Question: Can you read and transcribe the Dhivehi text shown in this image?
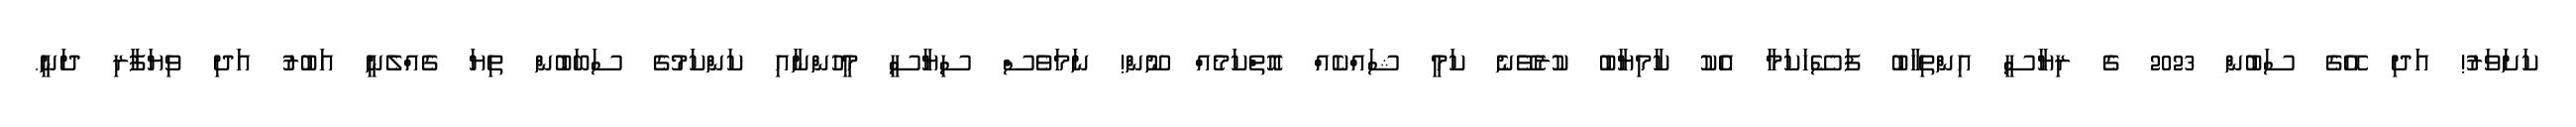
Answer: ކަށަވަރު! އަދި އޭގެ ސަބުން 2023 ގެ ރިޔާސީ އިންތިހާބު ފަސޭހަކަމާ އެކު ކާމިޔާބު ކުރެވޭނެ ކަމީ ޝައްކެއް އޮތްކަމެއް ނޫން! ނަމަވެސް ސިޔާސީ މީހުންނާއި ކަންކަމުގެ ސަބަބުން ތިޔަ ގެއްލެނީ އަބުރު އަދި ވިޔަފާރި ދަނީ.